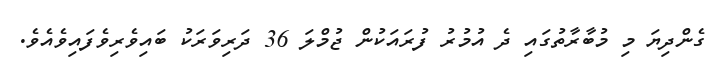
ގެންދިޔަ މި މުބާރާތުގައި ދެ އުމުރު ފުރައަކުން ޖުމްލަ 36 ދަރިވަރަކު ބައިވެރިވެފައިވެއެވެ.